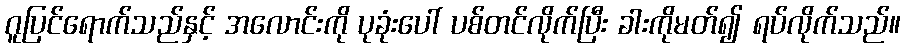
ဂူပြင်ရောက်သည်နှင့် အလောင်းကို ပုခုံးပေါ် ပစ်တင်လိုက်ပြီး ခါးကိုမတ်၍ ရပ်လိုက်သည်။